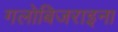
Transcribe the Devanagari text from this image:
गलोबिजराइना